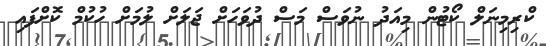
ކްރިމިނަލް ކޯޓުން މިއަދު ނުވަސް މަސް ދުވަހަށް ޖަލަށް ލުމަށް ހުކުމް ކޮށްފައި